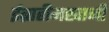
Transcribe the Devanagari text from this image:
ईब्राहीमखानी